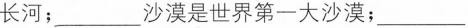
长河；___ 沙漠是世界第一大沙漠；___